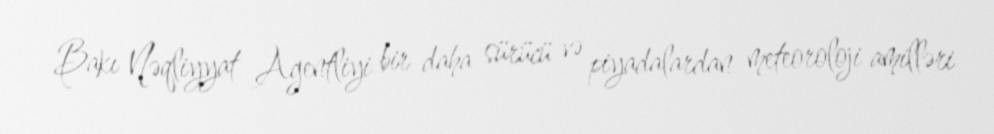
Bakı Nəqliyyat Agentliyi bir daha sürücü və piyadalardan meteoroloji amilləri